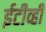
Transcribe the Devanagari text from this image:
ईटीव्ही